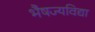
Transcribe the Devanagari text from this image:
भैषज्यविद्या